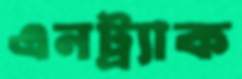
এনট্র্যাক